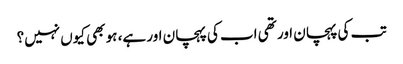
تب کی پہچان اور تھی اب کی پہچان اور ہے، ہو بھی کیوں نہیں؟